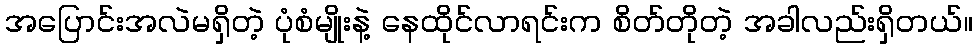
အပြောင်းအလဲမရှိတဲ့ ပုံစံမျိုးနဲ့ နေထိုင်လာရင်းက စိတ်တိုတဲ့ အခါလည်းရှိတယ်။